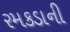
રમકડાની